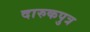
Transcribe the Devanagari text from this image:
दारुकपुत्र